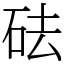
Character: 砝